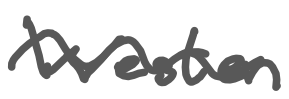
Text: Westen
Cross-out: wave
Writing tool: digital_gray